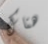
هناك